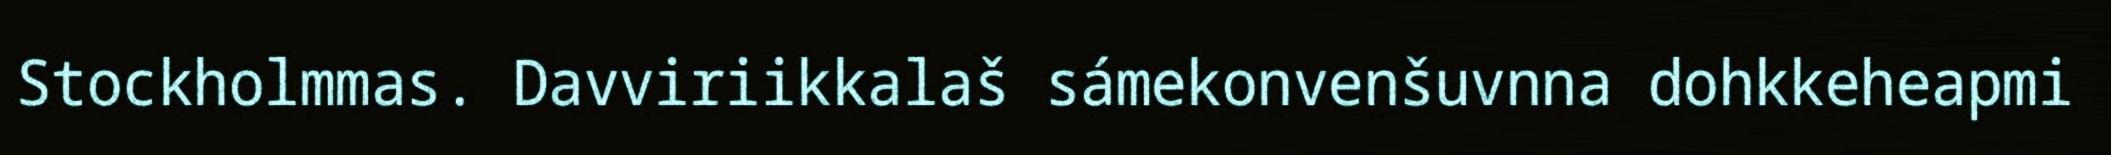
Stockholmmas. Davviriikkalaš sámekonvenšuvnna dohkkeheapmi